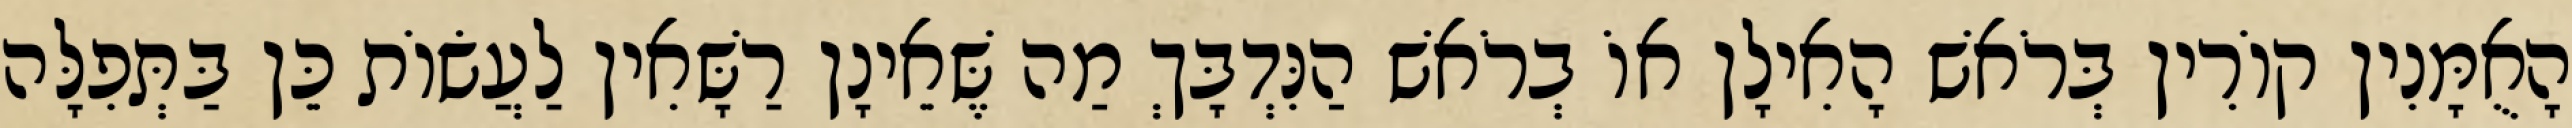
הָאֻמָּנִין קוֹרִין בְּרֹאשׁ הָאִילָן אוֹ בְרֹאשׁ הַנִּדְבָּךְ מַה שֶּׁאֵינָן רַשָּׁאִין לַעֲשׂוֹת כֵּן בַּתְּפִלָּה